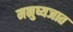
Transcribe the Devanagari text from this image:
मनुष्यजात